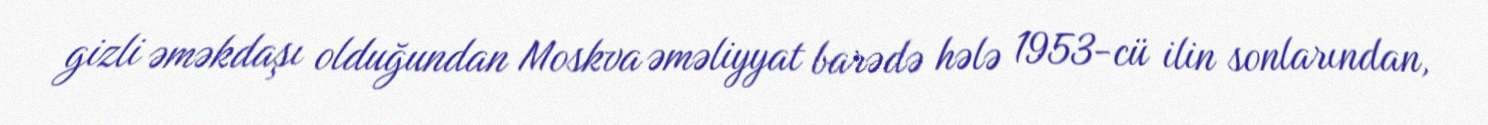
gizli əməkdaşı olduğundan Moskva əməliyyat barədə hələ 1953-cü ilin sonlarından,